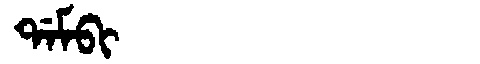
Manchu: ᡩᠠᠮᠪᡳ
Romanization: DAMBI